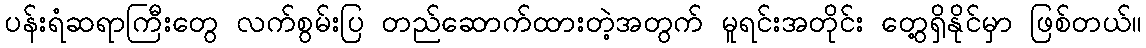
ပန်းရံဆရာကြီးတွေ လက်စွမ်းပြ တည်ဆောက်ထားတဲ့အတွက် မူရင်းအတိုင်း တွေ့ရှိနိုင်မှာ ဖြစ်တယ်။